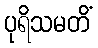
ပုရိသမတိံ